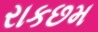
રાકછમ